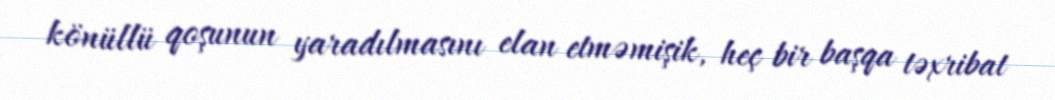
könüllü qoşunun yaradılmasını elan etməmişik, heç bir başqa təxribat